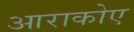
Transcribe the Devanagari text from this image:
आराकोए